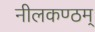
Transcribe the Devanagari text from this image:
नीलकण्ठम्